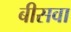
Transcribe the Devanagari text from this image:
बीसवा